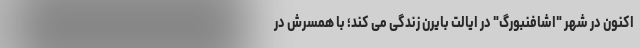
اکنون در شهر "اشافنبورگ" در ایالت بایرن زندگی می کند؛ با همسرش در